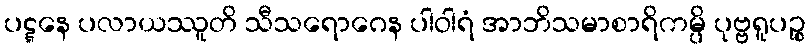
ပဋ္ဋနေ ပလာယဿူတိ သီသရောဂေန ပါဝါရံ အာဘိသမာစာရိကမ္ပိ ပုဗ္ဗရူပဉ္စ